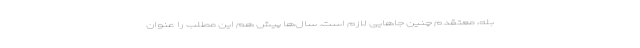
بله، معتقدم چنین جاهایی لازم است. سال‌ها پیش هم این مطلب را عنوان